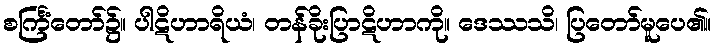
စင်္ကြံတော်၌။ ပါဋိဟာရိယံ၊ တန်ခိုးပြာဋိဟာကို။ ဒေဿသိ၊ ပြတော်မူပေ၏။